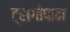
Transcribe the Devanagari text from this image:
ट्रागोपान